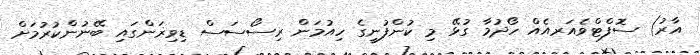
އާރު) ސޮފްޓްވެއަރއެއް ހޯދުމާ ގުޅޭ މި ކުންފުނީގެ ހިއުމަން ރިސޯސަސް ޑިވިޜަންގައި ބޭނުންކުރުމަށް